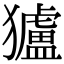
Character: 獹